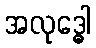
အလုဒ္ဓေါ